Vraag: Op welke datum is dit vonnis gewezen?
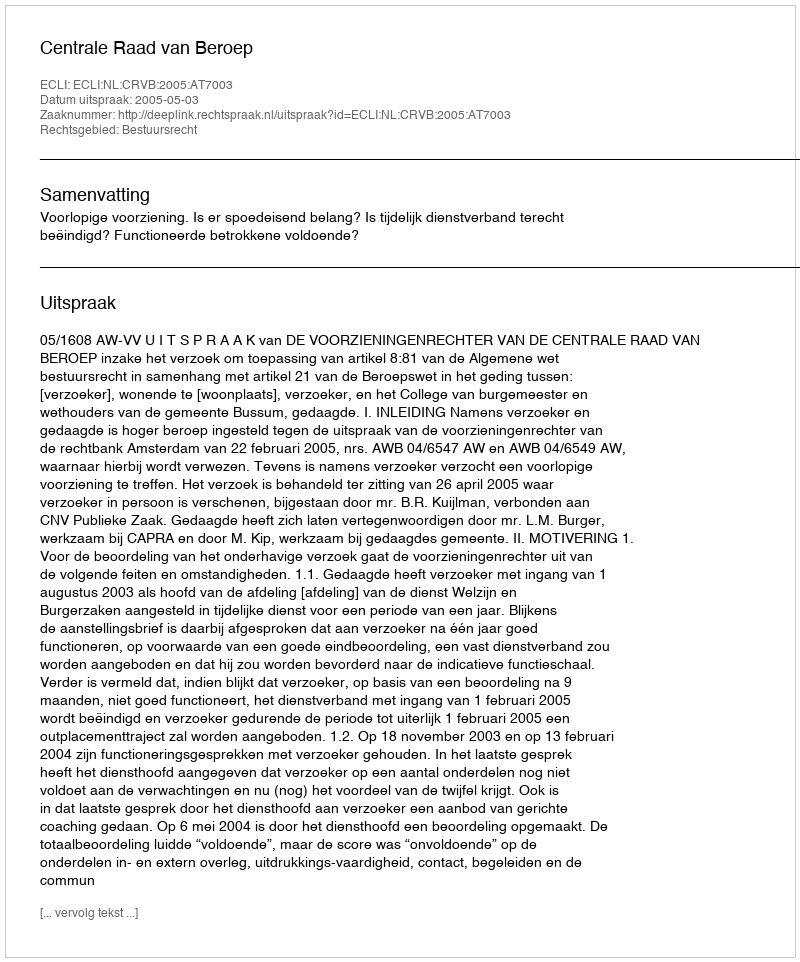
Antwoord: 2005-05-03